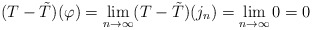
\begin{align*}(T-\tilde{T})(\varphi) = \lim_{n\rightarrow \infty}(T-\tilde{T})(j_n) = \lim_{n\rightarrow \infty} 0 = 0\end{align*}